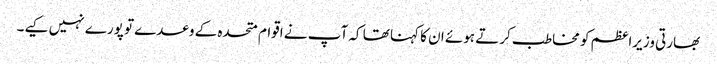
بھارتی وزیراعظم کو مخاطب کرتے ہوئے ان کا کہنا تھا کہ آپ نے اقوام متحدہ کے وعدے تو پورے نہیں کیے۔